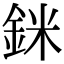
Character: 銤